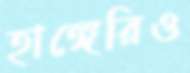
হাঙ্গেরিও